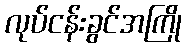
လုပ်ငန်းခွင်အကြို